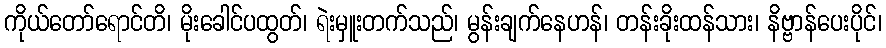
ကိုယ်တော်ရောင်တိ၊ မိုးခေါင်ပထွတ်၊ ရဲးမှူးတက်သည်၊ မွန်းချက်နေဟန်၊ တန်းခိုးထန်သား၊ နိဗ္ဗာန်ပေးပိုင်၊